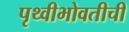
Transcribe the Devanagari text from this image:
पृथ्वीभोवतीची